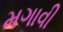
મગાવી